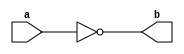
module NotGate(a,b) ;

output b ;
input a ;

nand(b,a,a) ;

endmodule 

module AndGate(a,b,c) ;

output c ;
input a,b ;
wire x ;

nand(x,a,b) ;
nand(c,x,x) ; 

endmodule 

module OrGate(a,b,c) ;

output c ;
input a,b ;
wire x,y ;

nand(x,a,a) ;
nand(y,b,b) ;
nand(c,x,y) ;

endmodule 

module Mux2x1(a,b,s,c) ;

output c ;
input a,b,s ;
wire x,y,z ;

NotGate NG_1(s,z );
AndGate AG_1(a,z,x) ;
AndGate AG_2(b,s,y) ;
OrGate OG_1(x,y,c) ;

endmodule 

module DLatch(d,c,q,q_) ;

output q,q_ ;
input d,c ;
wire c_,s,r,x,y ;

AndGate S(d,d,s) ;
NotGate R(d,r) ;
nand(x,c,s) ;
nand(y,c,r) ;
nand(q,q_,x) ;
nand(q_,q,y) ;

endmodule 

module DFlipFlopRE(d,c,q,q_) ;

output q,q_ ;
input d,c ;
wire c_,Q,Q_ ;

NotGate C_(c,c_) ;

DLatch D1(d,c_,Q,Q_) ;
DLatch D2(Q,c,q,q_) ;

endmodule 

module BinaryCell(DIn,clk,cs,w,r,DOut) ;

output DOut ;
input DIn,clk,cs,w,r ;
wire s1,s2,d,q,q_ ;

AndGate In(w,cs,s1) ;
AndGate Out(r,cs,s2) ;
Mux2x1 M1(q,DIn,s1,d) ;
DFlipFlopRE D(d,clk,q,q_) ;
Mux2x1 M2(1'bx,q,s2,DOut) ;

endmodule

module Reg16Bit(DIn,clk,cs,w,r,DOut) ;

output [15:0] DOut ;
input [15:0] DIn;
input clk,cs,w,r ;

BinaryCell B[15:0](DIn,clk,cs,w,r,DOut) ; 

endmodule